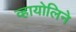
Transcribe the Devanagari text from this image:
व्हायोलिने